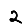
Digit: 2